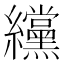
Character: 𫄗